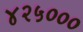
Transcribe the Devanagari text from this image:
४२५०००